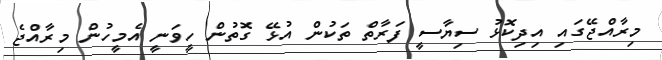
މިރާއްޖޭގައި އިދިކޮޅު ސިޔާސީ ފަރާތް ތަކުން އުޅޭ ގޮތުން ހީވަނީ އެމީހުން މިރާއްޖެ